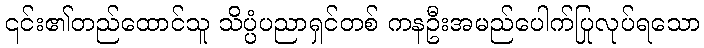
၎င်း၏တည်ထောင်သူ သိပ္ပံပညာရှင်တစ် ကနဦးအမည်ပေါက်ပြုလုပ်ရသော